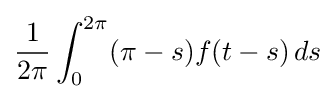
{\frac {1}{2\pi }}\int _{0}^{2\pi }(\pi -s)f(t-s)\,ds